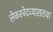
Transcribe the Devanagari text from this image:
लेकरवेदव्यासतथा